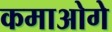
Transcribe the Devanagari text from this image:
कमाओगे